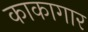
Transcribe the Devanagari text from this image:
काकागार